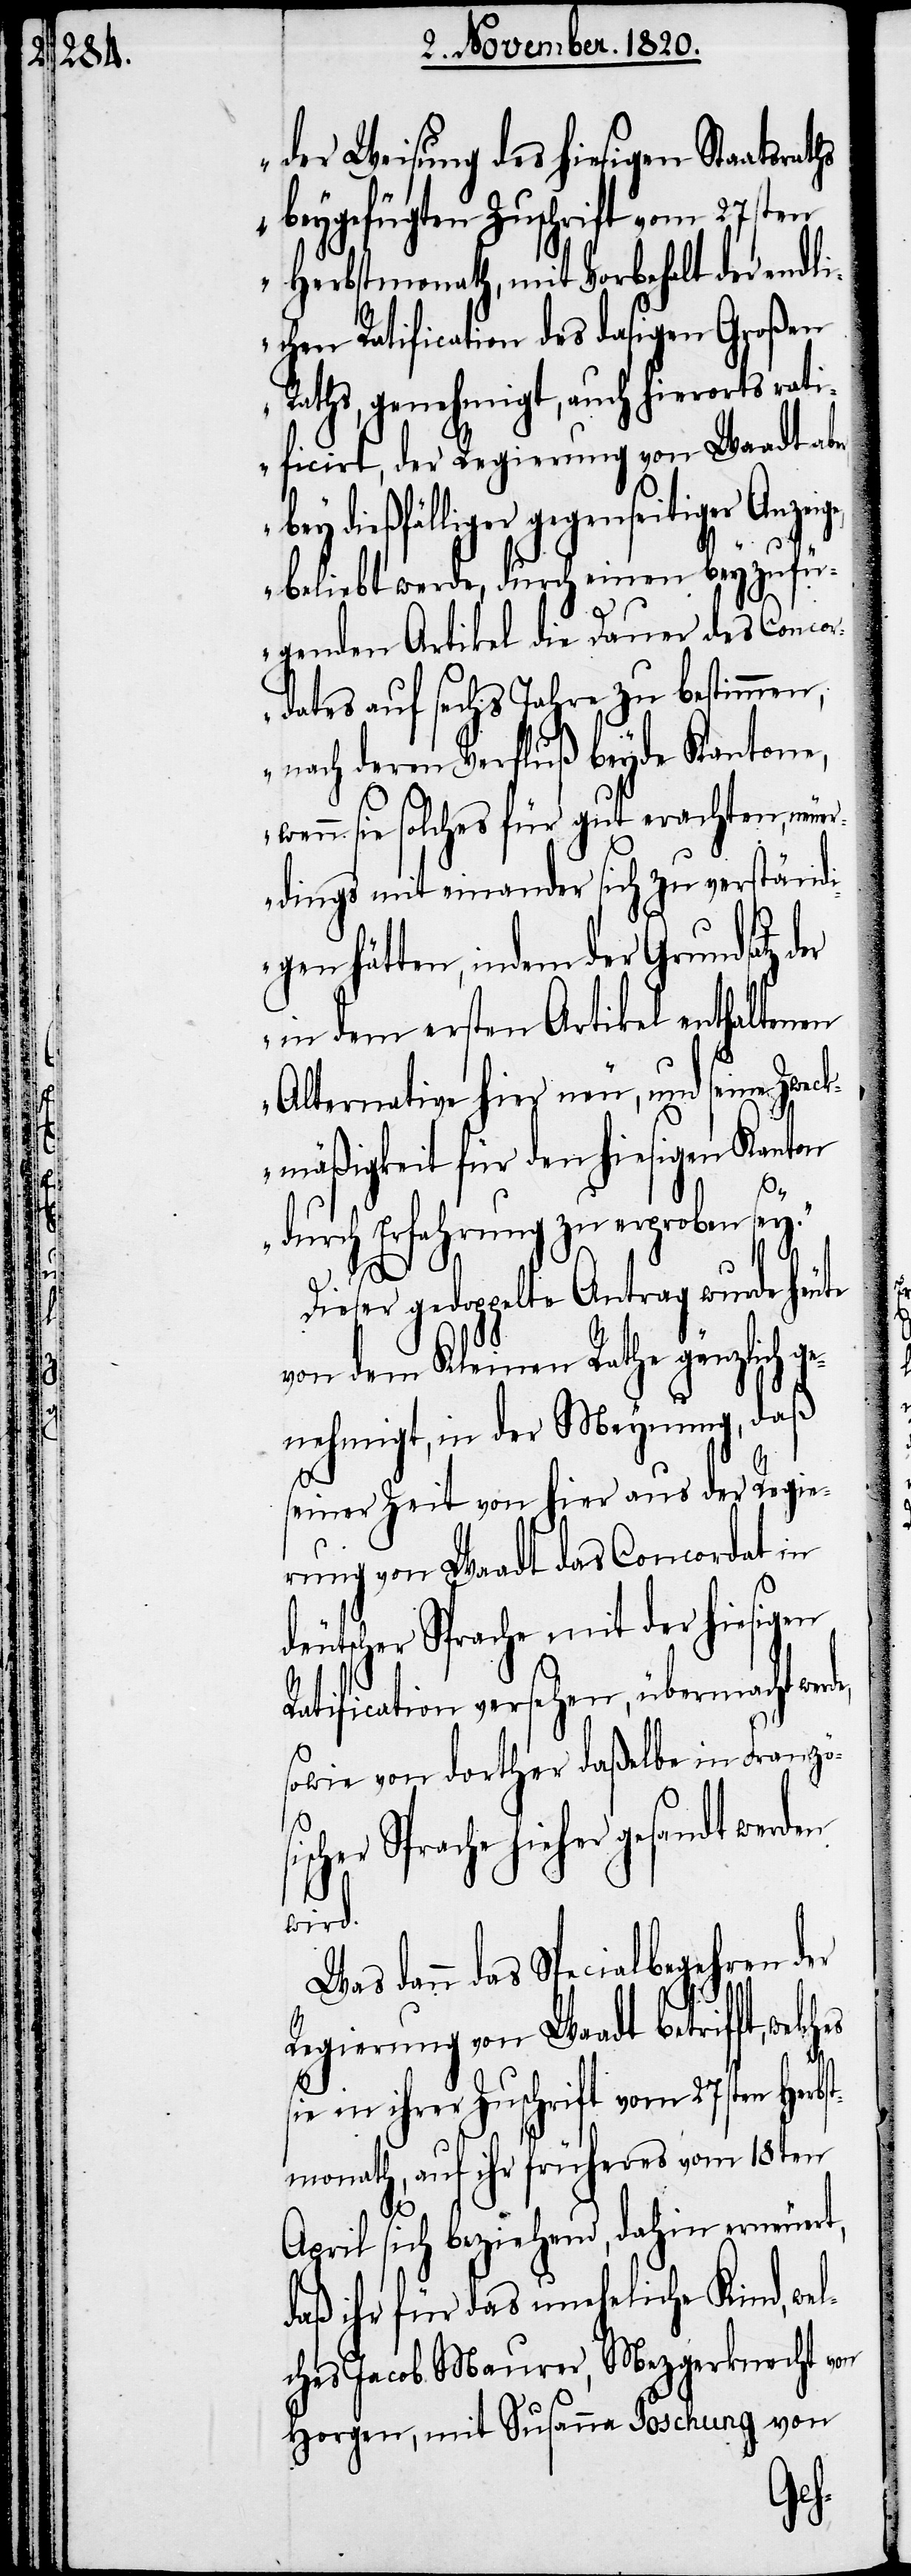
der Weisung des hiesigen Staatsra¬
beygefügten Zuschrift vom 27sten
Herbstmonath, mit Vorbehalt der endli¬
chen Ratification des dasigen Großen
Raths, genehmigt, auch hierorts rati¬
ficirt, der Regierung von Waadt ab¬
bey dießfälliger gegenseitiger Anzei¬
beliebt werde, durch einen beyzufü¬
genden Artikel die Dauer des Concor¬
dates auf sechs Jahre zu bestimmen,
nach deren Verfluß beyde Kantone,
wenn sie solches für gut erachten, neuer¬
dings mit einander sich zu verständ¬
ein dem ersten Artikel enthaltenen
Alternative hier neu, und seine Zweck¬
mäßigkeit für den hiesigen Kanton
durch Erfahrung zu erproben sey.“
Dieser gedoppelte Antrag wurde
von dem Kleinen Rathe gänzlich g¬
enehmigt, in der Meynung, daß
seiner Zeit von hier aus der Regie¬
rung von Waadt das Concordat in
deutscher Sprache mit der hiesigen
atification versehen, übermacht wer¬
sowie von dorther daßelbe in Franzö¬
scher Sprache hieher gesandt
wird.
Was dann das Specialbegehren der
Regierung von Waadt betrifft,
sie in ihrer Zuschrift vom 27sten Herbs¬
tmonath, auf ihr früheres vom 18ten
de,
April sich beziehend, dahin erneuert,
daß ihr für das uneheliche Kind, we¬
lches Jacob Maurer, Mezgerknecht von
Horgen, mit Susanna Poschung
von